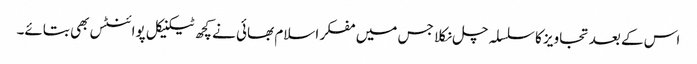
اس کے بعد تجاویز کا سلسلہ چل نکلا جس میں مفکر اسلام بھائی نے کچھ ٹیکنیکل پوائنٹس بھی بتائے۔